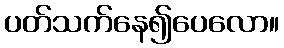
ပတ်သက်နေ၍ပေလော။